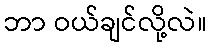
ဘာ ဝယ်ချင်လို့လဲ။